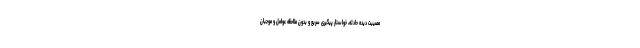
مصیبت دیده حادثه، خواستار پیگیری سریع و بدون ملاحظه عوامل و موجبان